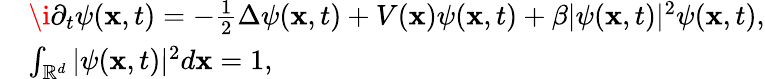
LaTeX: \begin{array}{rl}&{\mathrm{\i}\partial_{t}\psi(\mathbf{x},t)=-\frac{1}{2}\Delta\psi(\mathbf{x},t)+V(\mathbf{x})\psi(\mathbf{x},t)+\beta|\psi(\mathbf{x},t)|^{2}\psi(\mathbf{x},t),}\\ &{\int_{\mathbb{R}^{d}}|\psi(\mathbf{x},t)|^{2}d\mathbf{x}=1,}\end{array}